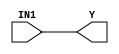
module cycloneii_and1 (Y, IN1);
   input IN1;
   output Y;
   specify
      (IN1 => Y) = (0, 0);
   endspecify
   buf (Y, IN1);
endmodule